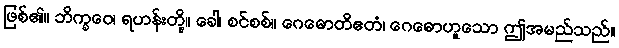
ဖြစ်၏။ ဘိက္ခဝေ၊ ရဟန်းတို့။ ခေါ၊ စင်စစ်။ ဂေဓောတိဧတံ၊ ဂေဓောဟူသော ဤအမည်သည်။